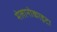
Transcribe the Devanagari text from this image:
मेलानोकाइटा